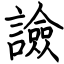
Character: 譣